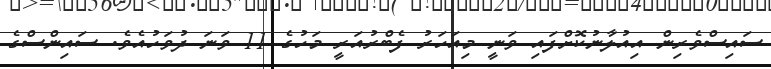
ސައިސްވެރިން އިއުލާނުކޮށްފައި ވަނީ މިއަހަރު ފެބްރުއަރީ މަހުގެ 11 ވަނަ ދުވަހުއެވެ. ސައިންސްގެ